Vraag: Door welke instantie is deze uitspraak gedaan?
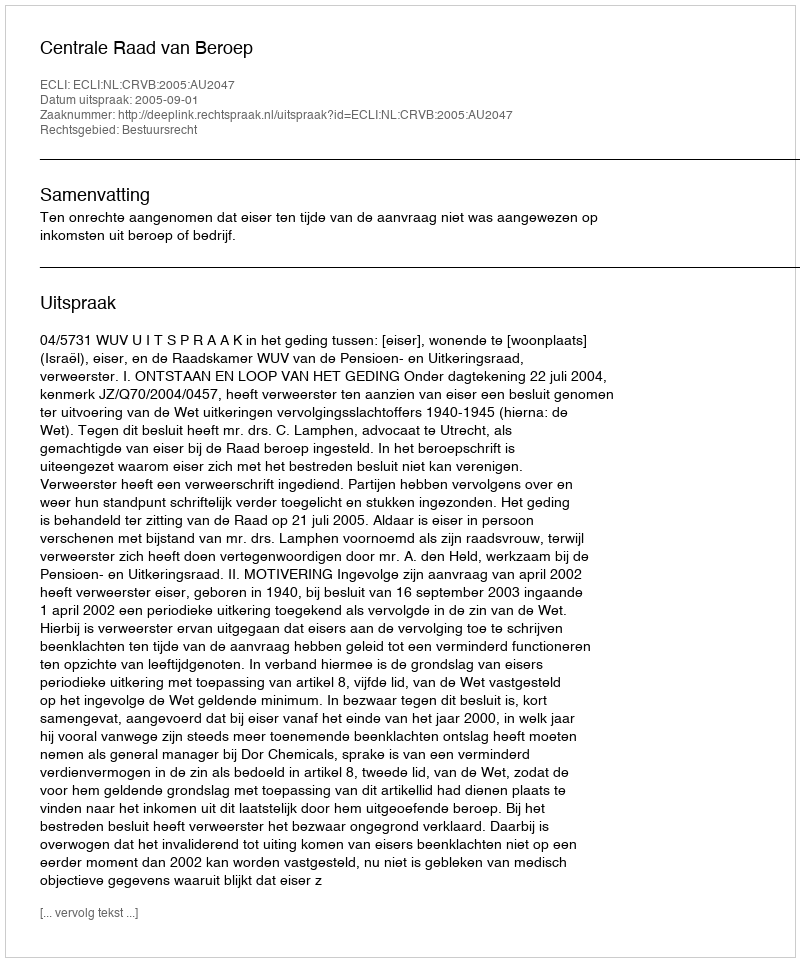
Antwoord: Centrale Raad van Beroep